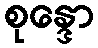
စုန္ဒော